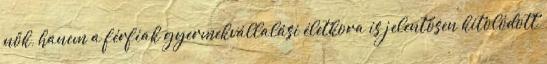
nők, hanem a férfiak gyermekvállalási életkora is jelentősen kitolódott